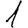
Digit: 1